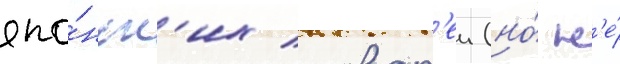
япо́нск'их словар'еи (но́ н'е́